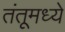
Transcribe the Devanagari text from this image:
तंतूमध्ये